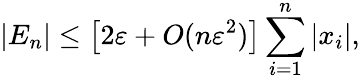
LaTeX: |E_{n}|\leq{\big[}2\varepsilon+O(n\varepsilon^{2}){\big]}\sum_{i=1}^{n}|x_{i}|,